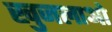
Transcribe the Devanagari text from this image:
खुजलाओ